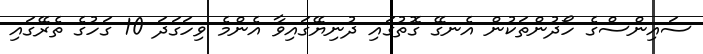
ސައިންސްގެ ހޯދުންތަކުން އެނގޭ ގޮތުގައި ދުނިޔޭގައިވާ އެންމެ ވިހަގަދަ 10 ގަހުގެ ތެރޭގައި